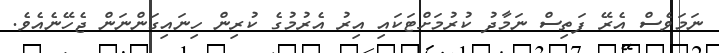
ނަމަވެސް އެރޭ ފަތިސް ނަމާދު ކުރުމަށްޓަކައި އިރު އެރުމުގެ ކުރިން ހިނައިގަންނަން ޖެހޭނެއެވެ.